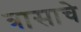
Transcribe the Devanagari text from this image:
त्रासाचे